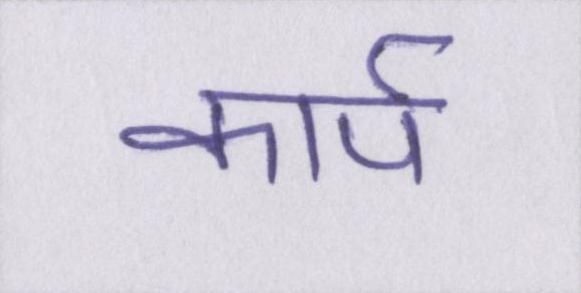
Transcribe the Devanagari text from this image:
कार्प